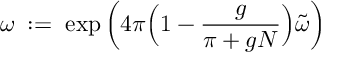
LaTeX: \omega \; : = \; \exp \left( 4 \pi \Big ( 1 - \frac { g } { \pi + g N } \Big ) \tilde { \omega } \right)